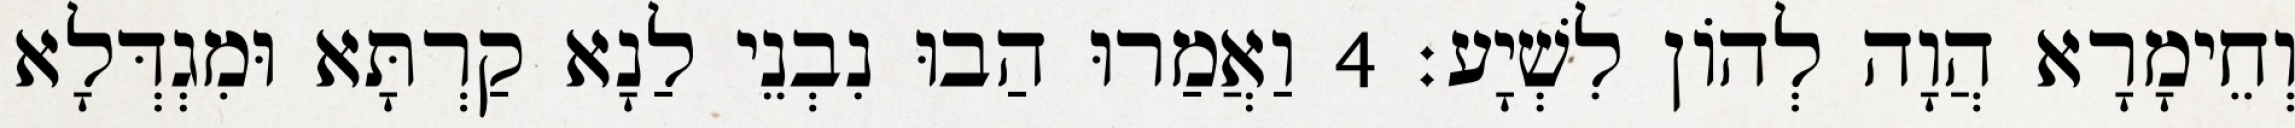
וְחֵימָרָא הֲוָה לְהוֹן לִשְׁיָע׃ 4 וַאֲמַרוּ הַבוּ נִבְנֵי לַנָא קַרְתָּא וּמִגְדְּלָא